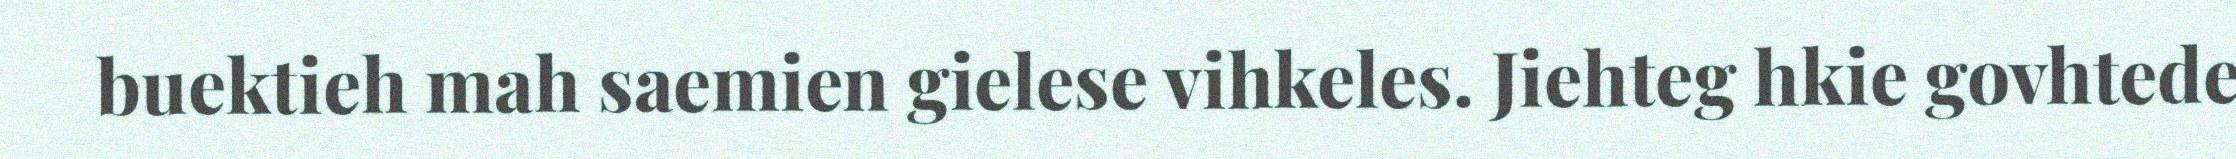
buektieh mah saemien gielese vihkeles. Jiehteg hkie govhtede